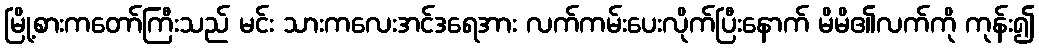
မြို့စားကတော်ကြီးသည် မင်း သားကလေးအင်ဒရေအား လက်ကမ်းပေးလိုက်ပြီးနောက် မိမိ၏လက်ကို ကုန်း၍